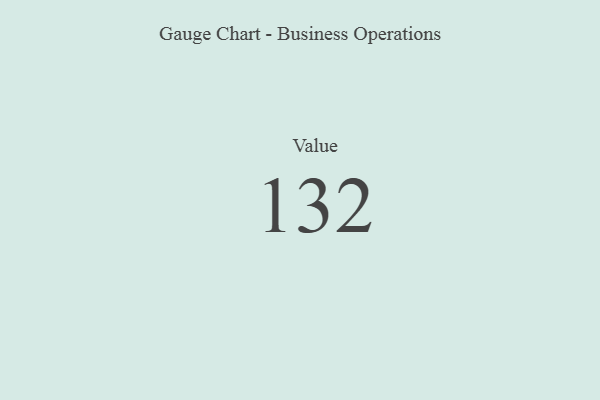
{"axis": {"x": "Metric", "y": "Value"}, "legend": [""], "data": [{"x": "Value", "y": 132, "type": ""}]}